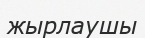
жырлаушы